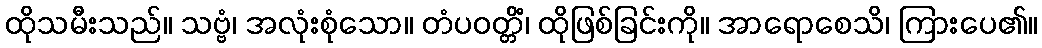
ထိုသမီးသည်။ သဗ္ဗံ၊ အလုံးစုံသော။ တံပဝတ္တိံ၊ ထိုဖြစ်ခြင်းကို။ အာရောစေသိ၊ ကြားပေ၏။